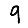
Digit: 9